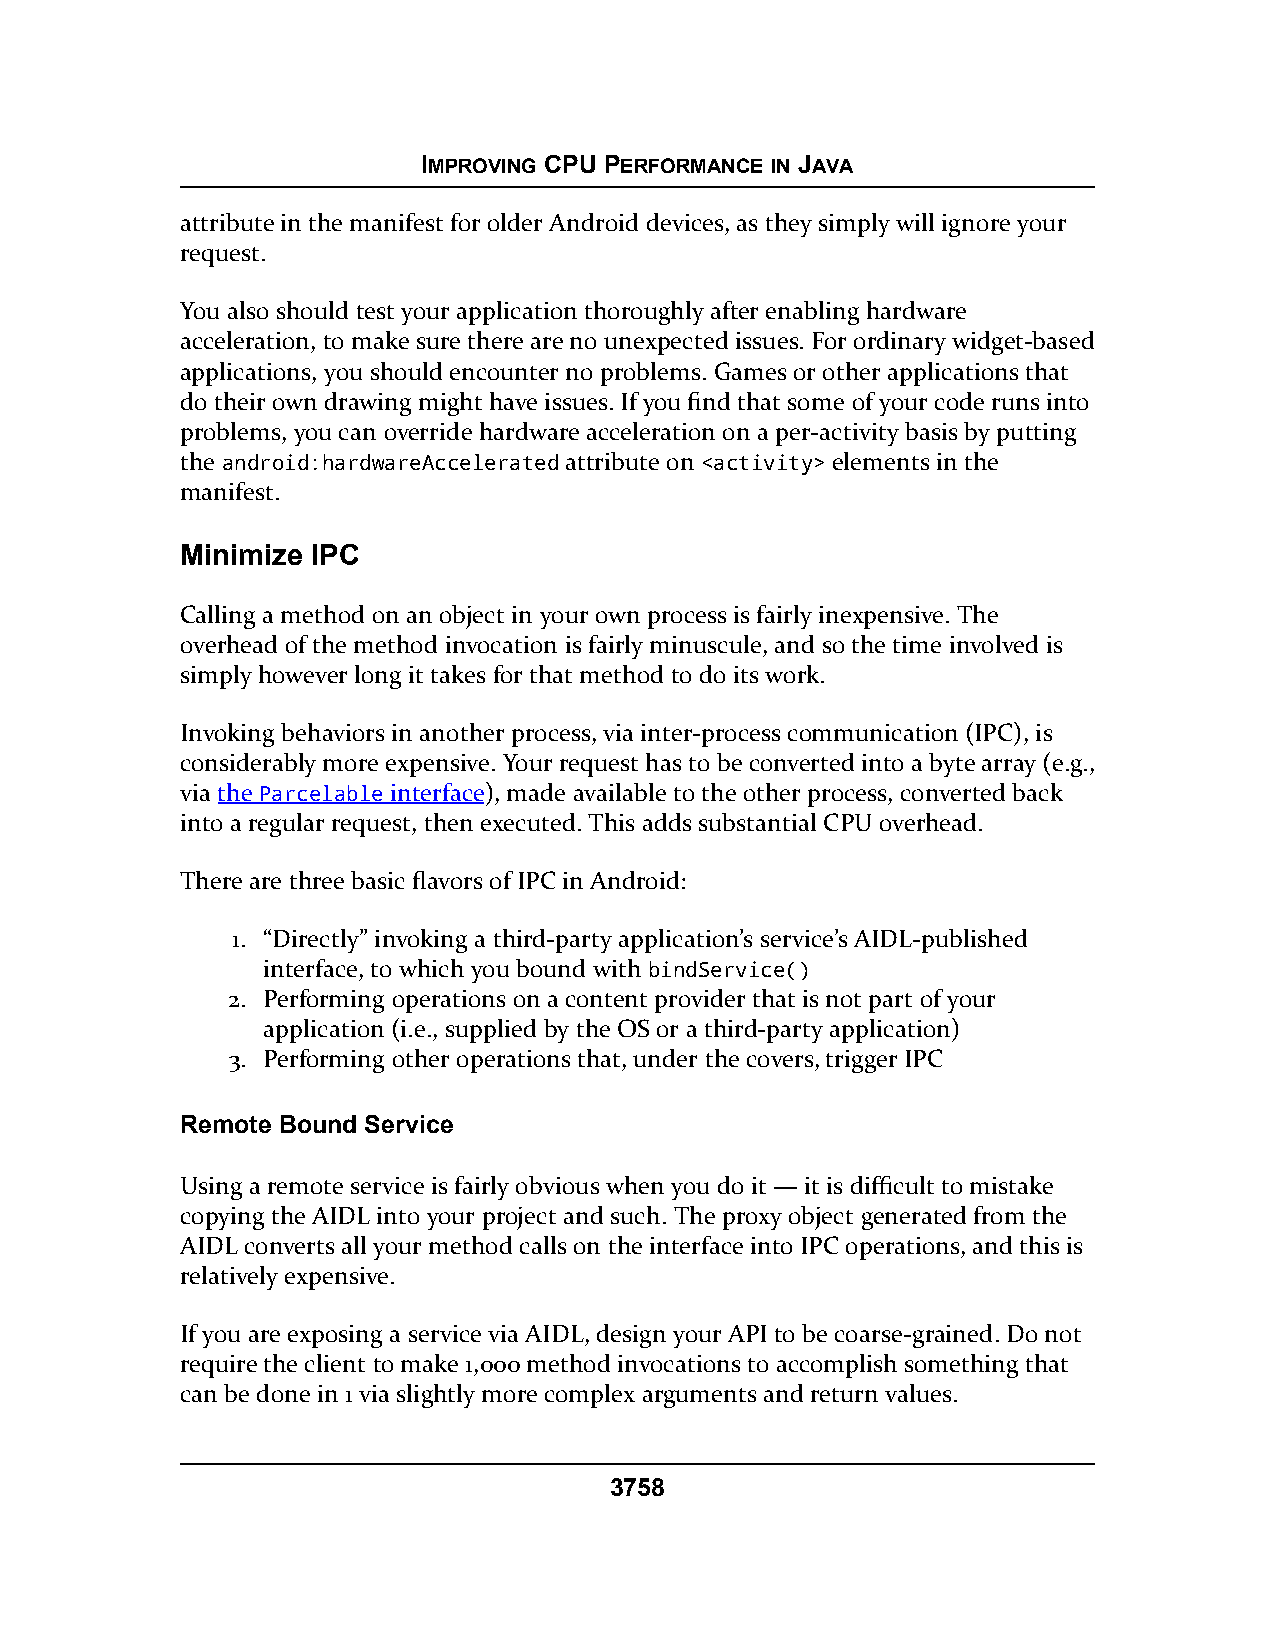
IMPROVING CPU PERFORMANCE IN JAVA
 attribute in the manifest for older Android devices, as they simply will ignore your
 request.
 You also should test your application thoroughly after enabling hardware
 acceleration, to make sure there are no unexpected issues. For ordinary widget-based
 applications, you should encounter no problems. Games or other applications that
 do their own drawing might have issues. If you find that some of your code runs into
 problems, you can override hardware acceleration on a per-activity basis by putting
 the android:hardwareAccelerated attribute on <activity> elements in the
 manifest.
 Minimize IPC
 Calling a method on an object in your own process is fairly inexpensive. The
 overhead of the method invocation is fairly minuscule, and so the time involved is
 simply however long it takes for that method to do its work.
 Invoking behaviors in another process, via inter-process communication (IPC), is
 considerably more expensive. Your request has to be converted into a byte array (e.g.,
 via the Parcelable interface), made available to the other process, converted back
 into a regular request, then executed. This adds substantial CPU overhead.
 There are three basic flavors of IPC in Android:
 1. “Directly” invoking a third-party application’s service’s AIDL-published
 interface, to which you bound with bindService()
 2. Performing operations on a content provider that is not part of your
 application (i.e., supplied by the OS or a third-party application)
 3. Performing other operations that, under the covers, trigger IPC
 Remote Bound Service
 Using a remote service is fairly obvious when you do it — it is difficult to mistake
 copying the AIDL into your project and such. The proxy object generated from the
 AIDL converts all your method calls on the interface into IPC operations, and this is
 relatively expensive.
 If you are exposing a service via AIDL, design your API to be coarse-grained. Do not
 require the client to make 1,000 method invocations to accomplish something that
 can be done in 1 via slightly more complex arguments and return values.
 3758